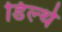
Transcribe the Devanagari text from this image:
डिल्थे